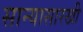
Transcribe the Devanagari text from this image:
सान्यासारखी